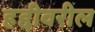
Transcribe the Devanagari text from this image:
हद्दीवरील